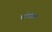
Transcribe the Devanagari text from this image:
शंखाय